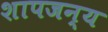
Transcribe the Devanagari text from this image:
शापजन्य